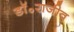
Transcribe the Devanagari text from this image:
डॉ॰राजीव